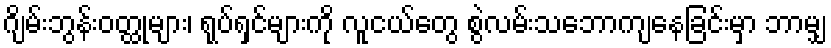
ဂျိမ်းဘွန်းဝတ္ထုများ၊ ရုပ်ရှင်များကို လူငယ်တွေ စွဲလမ်းသဘောကျနေခြင်းမှာ ဘာမျှ